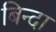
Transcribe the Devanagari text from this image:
बिन्दा